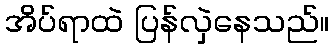
အိပ်ရာထဲ ပြန်လှဲနေသည်။